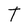
Character: t